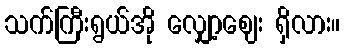
သက်ကြီးရွယ်အို လျှော့ဈေး ရှိလား။